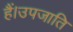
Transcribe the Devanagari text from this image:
हैं।उपजाति